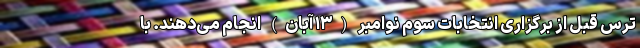
ترس قبل از برگزاری انتخابات سوم نوامبر (۱۳ آبان) انجام می‌دهند. با